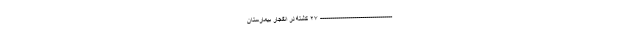
------------------------------------ ۲۷ کشته در انفجار بیمارستان